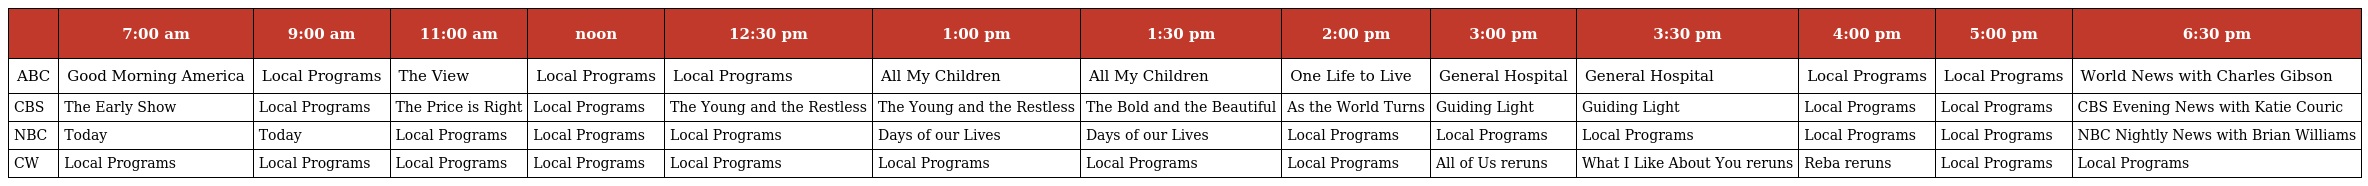
|  | 7:00 am | 9:00 am | 11:00 am | noon | 12:30 pm | 1:00 pm | 1:30 pm | 2:00 pm | 3:00 pm | 3:30 pm | 4:00 pm | 5:00 pm | 6:30 pm |
 | --- | --- | --- | --- | --- | --- | --- | --- | --- | --- | --- | --- | --- | --- |
 | ABC | Good Morning America | Local Programs | The View | Local Programs | Local Programs | All My Children | All My Children | One Life to Live | General Hospital | General Hospital | Local Programs | Local Programs | World News with Charles Gibson |
 | CBS | The Early Show | Local Programs | The Price is Right | Local Programs | The Young and the Restless | The Young and the Restless | The Bold and the Beautiful | As the World Turns | Guiding Light | Guiding Light | Local Programs | Local Programs | CBS Evening News with Katie Couric |
 | NBC | Today | Today | Local Programs | Local Programs | Local Programs | Days of our Lives | Days of our Lives | Local Programs | Local Programs | Local Programs | Local Programs | Local Programs | NBC Nightly News with Brian Williams |
 | CW | Local Programs | Local Programs | Local Programs | Local Programs | Local Programs | Local Programs | Local Programs | Local Programs | All of Us reruns | What I Like About You reruns | Reba reruns | Local Programs | Local Programs |